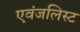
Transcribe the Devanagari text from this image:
एवंजलिस्ट